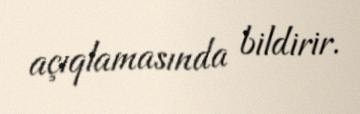
açıqlamasında bildirir.